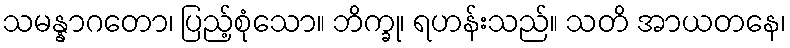
သမန္နာဂတော၊ ပြည့်စုံသော။ ဘိက္ခု၊ ရဟန်းသည်။ သတိ အာယတနေ၊